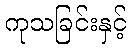
ကုသခြင်းနှင့်